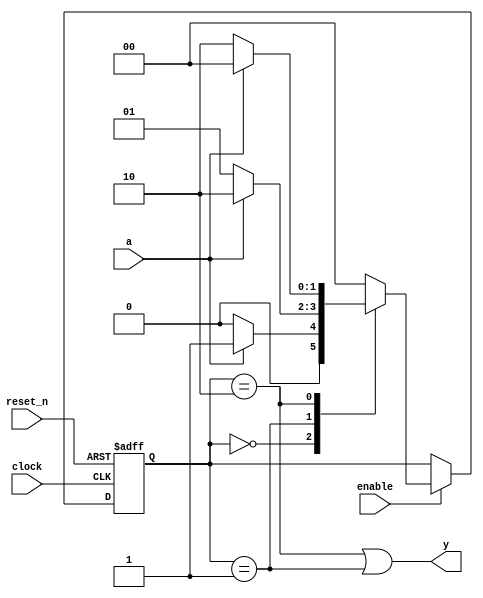
module lab8_1
(
    input  clock,
    input  reset_n,
    input  enable,
    input  a,
    output y
);

    parameter [1:0] S0 = 0, S1 = 1, S2 = 2;

    reg [1:0] state, next_state;

    // State register

    always @ (posedge clock or negedge reset_n)
        if (! reset_n)
            state <= S0;
        else if (enable)
            state <= next_state;

    // Next state logic

    always @*
        case (state)
        
        S0:
            if (a)
                next_state = S1;
            else
                next_state = S0;

        S1:
            if (a)
                next_state = S2;
            else
                next_state = S1;

        S2:
            if (a)
                next_state = S0;
            else
                next_state = S2;

        default:

            next_state = S0;

        endcase

    // Output logic based on current state

    assign y = (state == S2 || state == S1);

endmodule